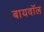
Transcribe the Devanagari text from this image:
बायवॉल